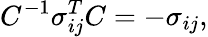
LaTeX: C^{-1}\sigma_{ij}^{T}C=-\sigma_{ij},